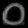
Digit: ၀